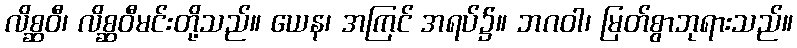
လိစ္ဆဝီ၊ လိစ္ဆဝီမင်းတို့သည်။ ယေန၊ အကြင် အရပ်၌။ ဘဂဝါ၊ မြတ်စွာဘုရားသည်။